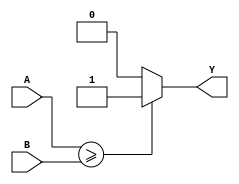
module comparator (
    input [7:0] A,
    input [7:0] B,
    output Y
);

reg Y;

always @ (A, B) begin
    if (A >= B) begin
        Y <= 1;
    end else begin
        Y <= 0;
    end
end

endmodule